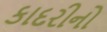
કાદરીનો